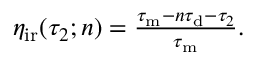
\begin{array} { r } { \eta _ { \mathrm { i r } } ( \tau _ { 2 } ; n ) = \frac { \tau _ { \mathrm { m } } - n \tau _ { \mathrm { d } } - \tau _ { 2 } } { \tau _ { \mathrm { m } } } . } \end{array}